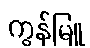
ကွန်မြူ